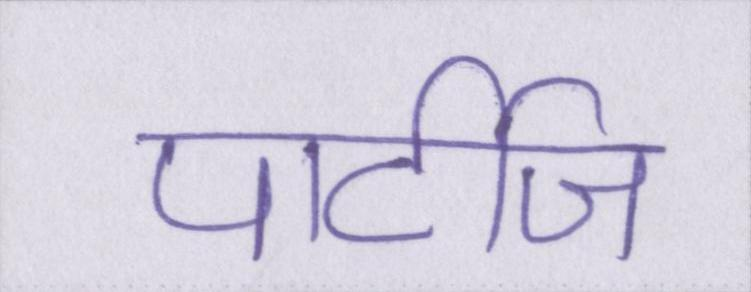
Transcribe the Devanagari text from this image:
पार्टीज